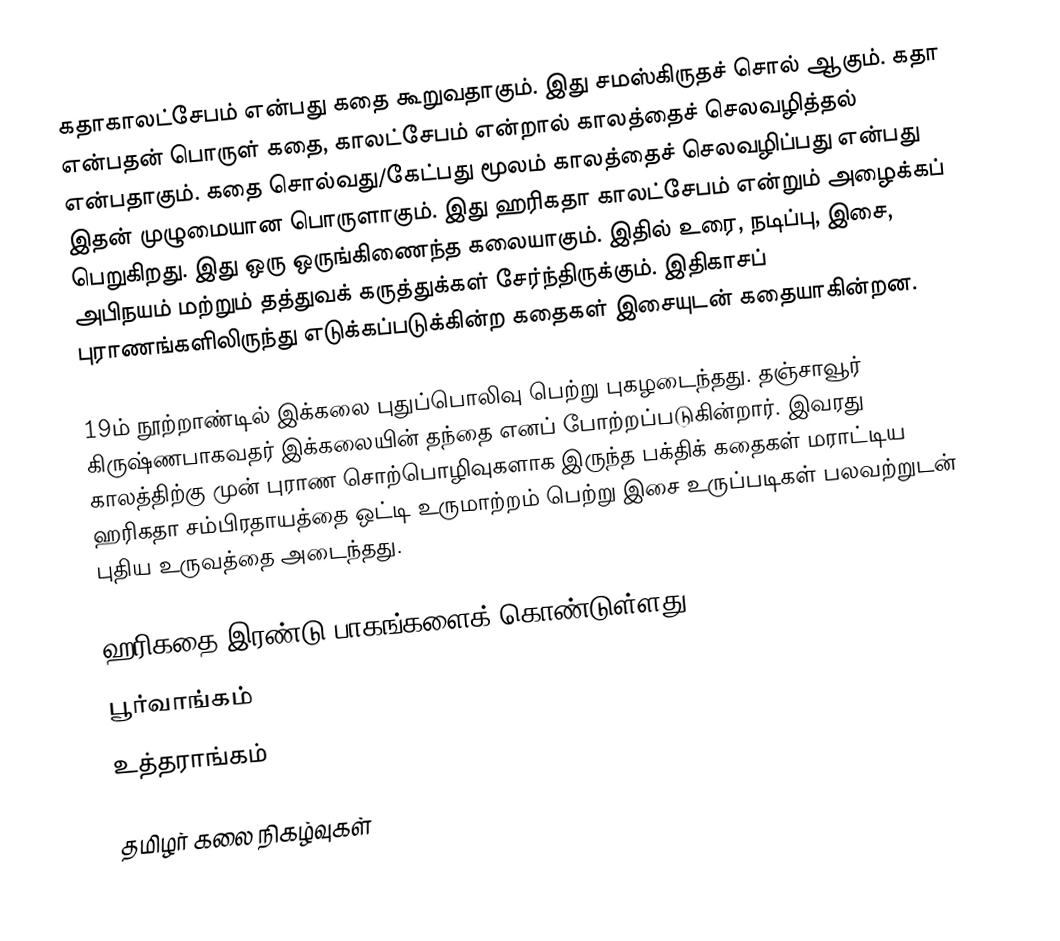
கதாகாலட்சேபம் என்பது கதை கூறுவதாகும். இது சமஸ்கிருதச் சொல் ஆகும். கதா என்பதன் பொருள் கதை, காலட்சேபம் என்றால் காலத்தைச் செலவழித்தல் என்பதாகும். கதை சொல்வது/கேட்பது மூலம் காலத்தைச் செலவழிப்பது என்பது இதன் முழுமையான பொருளாகும். இது ஹரிகதா காலட்சேபம் என்றும் அழைக்கப் பெறுகிறது. இது ஒரு ஒருங்கிணைந்த கலையாகும். இதில் உரை, நடிப்பு, இசை, அபிநயம் மற்றும் தத்துவக் கருத்துக்கள் சேர்ந்திருக்கும். இதிகாசப் புராணங்களிலிருந்து எடுக்கப்படுக்கின்ற கதைகள் இசையுடன் கதையாகின்றன.

19ம் நூற்றாண்டில் இக்கலை புதுப்பொலிவு பெற்று புகழடைந்தது. தஞ்சாவூர் கிருஷ்ணபாகவதர் இக்கலையின் தந்தை எனப் போற்றப்படுகின்றார். இவரது காலத்திற்கு முன் புராண சொற்பொழிவுகளாக இருந்த பக்திக் கதைகள் மராட்டிய ஹரிகதா சம்பிரதாயத்தை ஒட்டி உருமாற்றம் பெற்று இசை உருப்படிகள் பலவற்றுடன் புதிய உருவத்தை அடைந்தது.

ஹரிகதை இரண்டு பாகங்களைக் கொண்டுள்ளது.
 பூர்வாங்கம்
 உத்தராங்கம்

தமிழர் கலை நிகழ்வுகள்